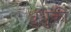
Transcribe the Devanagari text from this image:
धुधुकी